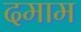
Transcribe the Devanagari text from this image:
दमाम